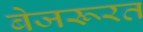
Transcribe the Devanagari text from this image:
बेजरूरत